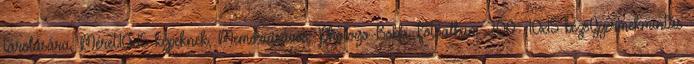
tárolására, Méret:10x15 képeknek, Memóriasávos. Photogo Bobbi Fotóalbum 200 10x15 bézsGyermekmintás